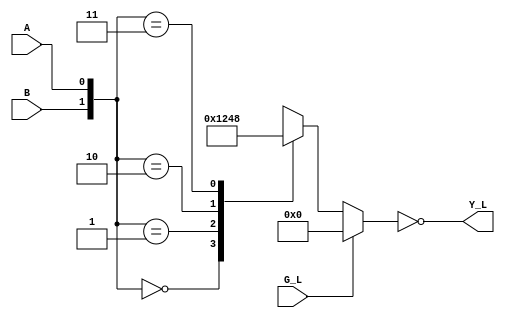
`timescale 1ns / 1ps
//////////////////////////////////////////////////////////////////////////////////
// Company:
// Engineer:
//
// Design Name:
// Module Name:    v74x139_behavior
// Project Name:
// Target Devices:
// Tool versions:
// Description:
//
// Dependencies:
//
// Revision:
// Revision 0.01 - File Created
// Additional Comments:
//
//////////////////////////////////////////////////////////////////////////////////
module v74x139_behavior(
    input G_L,
    input A,
    input B,
    output [3:0] Y_L
    );

    wire [1:0] sel;
    reg [3:0] out;

    assign sel = {B, A};
    assign Y_L = ~out;
	 
	 always@(G_L or sel)
		begin
			if (G_L == 1'b0)
				begin
					case(sel)
						2'b00 : out = 4'b0001;
						2'b01 : out = 4'b0010;
						2'b10 : out = 4'b0100;
						2'b11 : out = 4'b1000;
					endcase
				end
			else
				begin
					out = 4'b0000;
				end
		end

endmodule